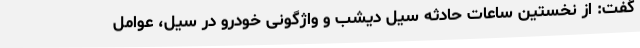
گفت: از نخستین ساعات حادثه سیل دیشب و واژگونی خودرو در سیل، عوامل